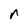
Character: r